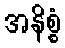
အနိစ္စံ